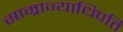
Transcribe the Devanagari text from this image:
साम्राज्याधिपति